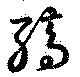
縞